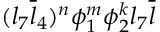
( l _ { 7 } { \overline { { { l } } } } _ { 4 } ) ^ { n } \phi _ { 1 } ^ { m } \phi _ { 2 } ^ { k } l _ { 7 } { \overline { { { l } } } }